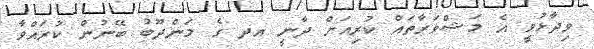
ވިދާޅުވީ އެ މަޝްވަރާތައް ކުރިއަށް ދާނީ އދ ގެ މަންދޫބު ބޭނުން ކުރައްވާ